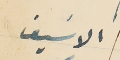
الاسَيف